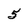
Character: 5